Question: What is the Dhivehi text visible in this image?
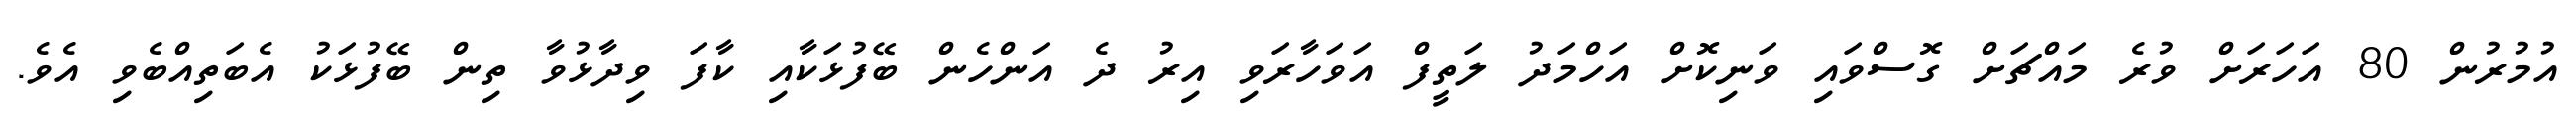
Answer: އުމުރުން 80 އަހަރަށް ވުރެ މައްޗަށް ގޮސްވައި ވަނިކޮށް އަހްމަދު ލަތީފް އަވަހާރަވި އިރު ދެ އަންހެން ބޭފުޅަކާއި ކާފަ ވިދާޅުވާ ތިން ބޭފުޅަކު އެބަތިއްބެވި އެވެ.